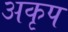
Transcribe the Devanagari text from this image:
अकृप